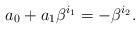
LaTeX: \begin{align*}a_0+a_1\beta^{i_1}=-\beta^{i_2}.\end{align*}